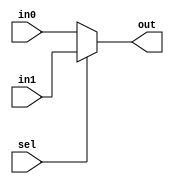
module mux_2x1_1bit(
    input wire  in0,
    input wire  in1,
    input wire  sel,
    output wire out
);
reg _out;
always @(*) begin
    if (sel == 1'b0)
        _out = in0;
    else
        _out = in1;
end
assign out = _out;
endmodule